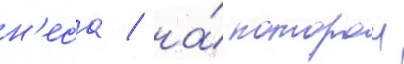
н'еса / на́ которои